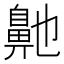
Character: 𮮶